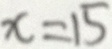
x = 1 5